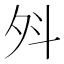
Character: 斘